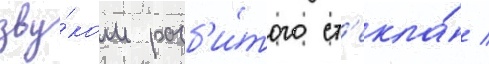
зву́ком разб'и́того ст'екла́ /